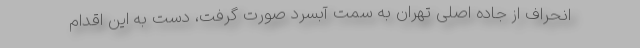
انحراف از جاده اصلی تهران به سمت آبسرد صورت گرفت، دست به این اقدام